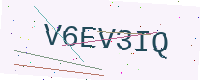
Text: V6EV3IQ